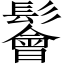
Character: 鬠